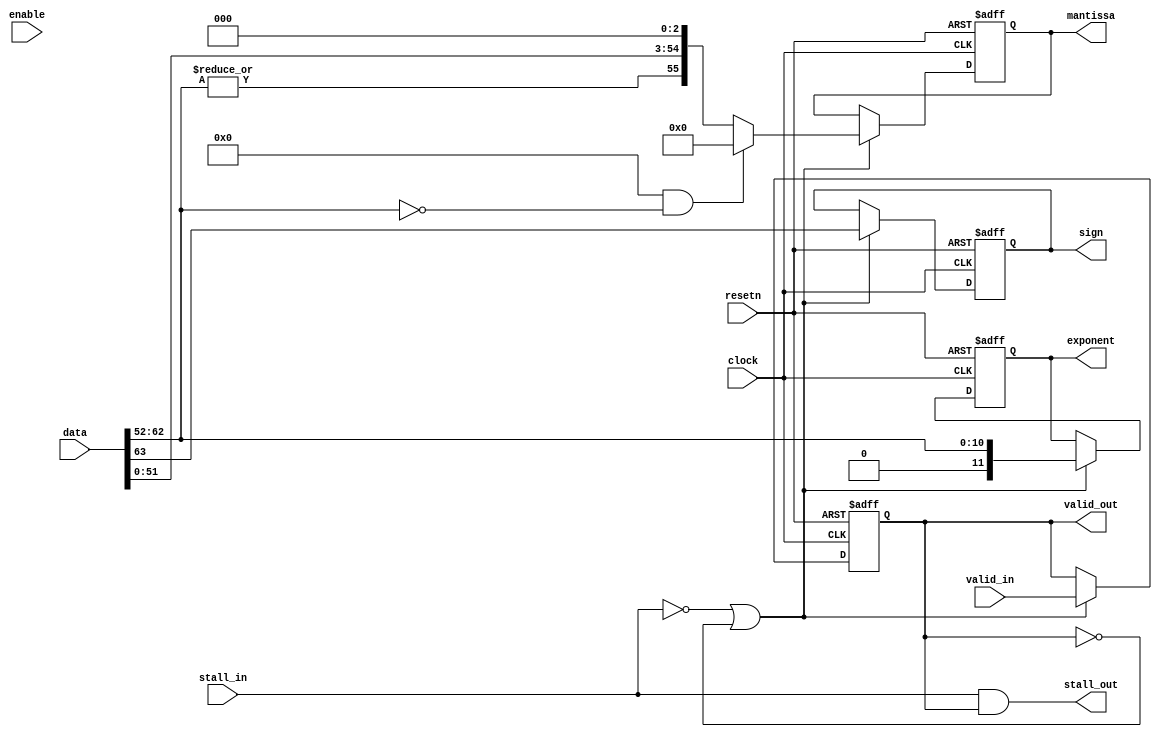
module acl_fp_convert_to_internal_double(  clock, resetn, data,
          mantissa, exponent, sign,
          valid_in, valid_out, stall_in, stall_out,
          enable);
    parameter HIGH_CAPACITY = 1;
    parameter HIGH_LATENCY = 1;    
    parameter FLUSH_DENORMS = 0;
    parameter FINITE_MATH_ONLY = 1;
    
    input clock, resetn;
    input [63:0] data;
    output [55:0] mantissa;
    output [11:0] exponent;
    output sign;
    
    input enable, valid_in, stall_in;
    output valid_out, stall_out;
    
    // This module aligns two floating point input values such that their exponents are equal,
    // permitting a proper addition of the two numbers.
    // The alignment includes a conversion from 32-bit format to internal representation.
    
    reg c1_valid;
    wire c1_enable;
    wire c1_stall;
    
    // Cycle 1 - Convert from 64-bit representation to internal format
    assign c1_enable = (HIGH_CAPACITY ? (~c1_stall | ~c1_valid) : enable);
    assign stall_out = c1_stall & c1_valid;
    
    reg [55:0] c1_mantissa;
    reg [11:0] c1_exponent;
    reg c1_sign;
    
    generate
    if (HIGH_LATENCY == 1)
    begin
      always @(posedge clock or negedge resetn)
      begin
        if (~resetn)
        begin
          c1_mantissa <= 56'dx;
          c1_exponent <= 12'dx;
          c1_sign <= 1'bx;
          c1_valid  <= 1'b0;
        end
        else if (c1_enable)
        begin
          c1_valid <= valid_in;
          if ((FLUSH_DENORMS) && (data[62:52] == 11'd0))
            c1_mantissa <= 27'd0;
          else
            c1_mantissa <= {|data[62:52],data[51:0],3'd0};

          if (FINITE_MATH_ONLY == 0)
            c1_exponent <= {&data[62:52], data[62:52]};
          else
            c1_exponent <= {1'b0, data[62:52]};
          c1_sign <= data[63];
        end
      end
    end
    else
    begin
      always @(*)
      begin
        c1_valid <= valid_in;
        if ((FLUSH_DENORMS) && (data[62:52] == 11'd0))
          c1_mantissa <= 27'd0;
        else
          c1_mantissa <= {|data[62:52],data[51:0],3'd0};
        if (FINITE_MATH_ONLY == 0)
          c1_exponent <= {&data[62:52], data[62:52]};
        else
          c1_exponent <= {1'b0, data[62:52]};
        c1_sign <= data[63];
      end
    end
    endgenerate
    
    assign c1_stall = stall_in;
    assign valid_out = c1_valid;
    assign mantissa = c1_mantissa;
    assign exponent = c1_exponent;
    assign sign = c1_sign;    
endmodule